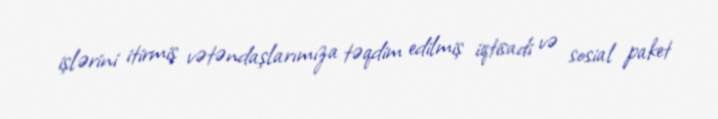
işlərini itirmiş vətəndaşlarımıza təqdim edilmiş iqtisadi və sosial paket